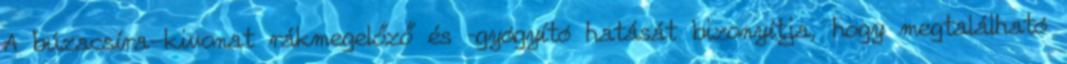
A búzacsíra-kivonat rákmegelőző és –gyógyító hatását bizonyítja, hogy megtalálható